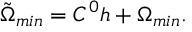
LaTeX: { \tilde { \Omega } } _ { m i n } = C ^ { 0 } h + \Omega _ { m i n } .